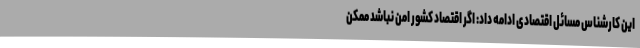
این کارشناس مسائل اقتصادی ادامه داد: اگر اقتصاد کشور امن نباشد ممکن